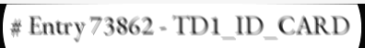
# Entry 73862 - TD1_ID_CARD